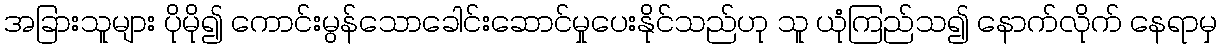
အခြားသူများ ပိုမို၍ ကောင်းမွန်သောခေါင်းဆောင်မှုပေးနိုင်သည်ဟု သူ ယုံကြည်သ၍ နောက်လိုက် နေရာမှ